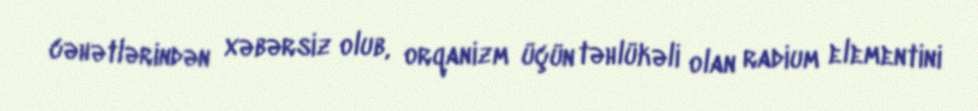
cəhətlərindən xəbərsiz olub, orqanizm üçün təhlükəli olan radium elementini